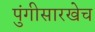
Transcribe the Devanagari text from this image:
पुंगीसारखेच